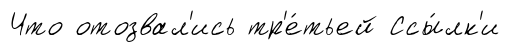
Что отозвал'ись тр'е́тьей Ссы́лк'и